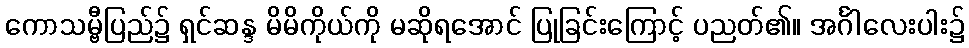
ကောသမ္ဗီပြည်၌ ရှင်ဆန္ဒ မိမိကိုယ်ကို မဆိုရအောင် ပြုခြင်းကြောင့် ပညတ်၏။ အင်္ဂါလေးပါး၌